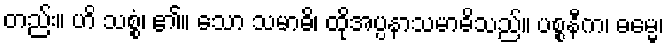
တည်း။ ဟိ သစ္စွံ၊ ၏။ သော သမာဓိ၊ ထိုအပ္ပနာသမာဓိသည်။ ပစ္စနီက၊ ဓမ္မေ၊